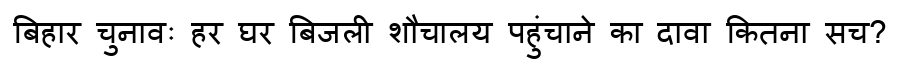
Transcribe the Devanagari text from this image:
बिहार चुनावः हर घर बिजली शौचालय पहुंचाने का दावा कितना सच?